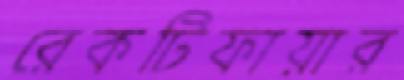
রেকটিফায়ার